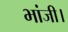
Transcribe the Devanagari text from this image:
भांजी।